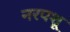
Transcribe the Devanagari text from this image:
नरपशू